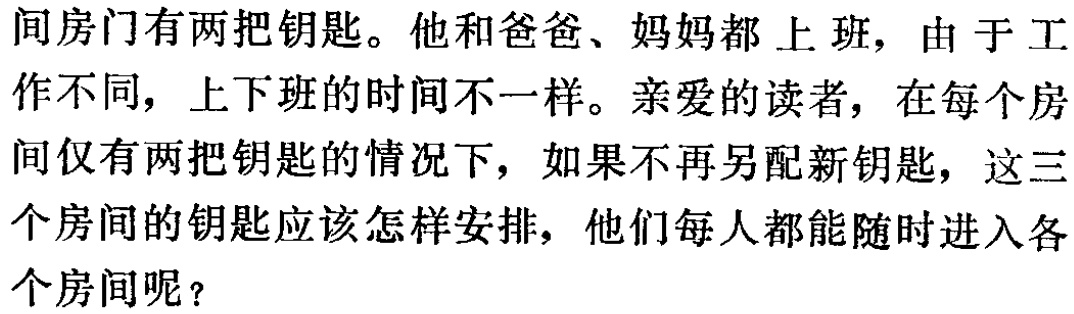
间房门有两把钥匙。他和爸爸、妈妈都上班，由于工作不同，上下班的时间不一样。亲爱的读者，在每个房间仅有两把钥匙的情况下，如果不再另配新钥匙，这三个房间的钥匙应该怎样安排，他们每人都能随时进入各个房间呢？